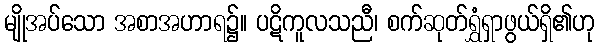
မျိုအပ်သော အစာအဟာရ၌။ ပဋိကူလသညီ၊ စက်ဆုတ်ရွှံရှာဖွယ်ရှိ၏ဟု